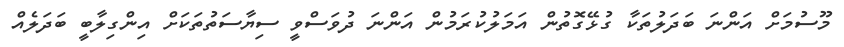
މޫސުމަށް އަންނަ ބަދަލުތަކާ ގުޅޭގޮތުން އަމަލުކުރަމުން އަންނަ ދުވަސްވީ ސިޔާސަތުތަކަށް އިންގިލާބީ ބަދަލެއް